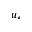
u _ { \ast }